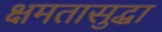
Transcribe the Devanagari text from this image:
क्षमतासुद्धा